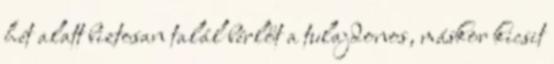
hét alatt biztosan talál bérlőt a tulajdonos, máskor kicsit